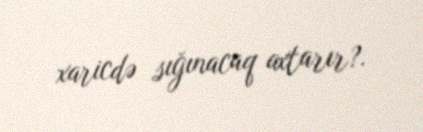
xaricdə sığınacaq axtarır?.